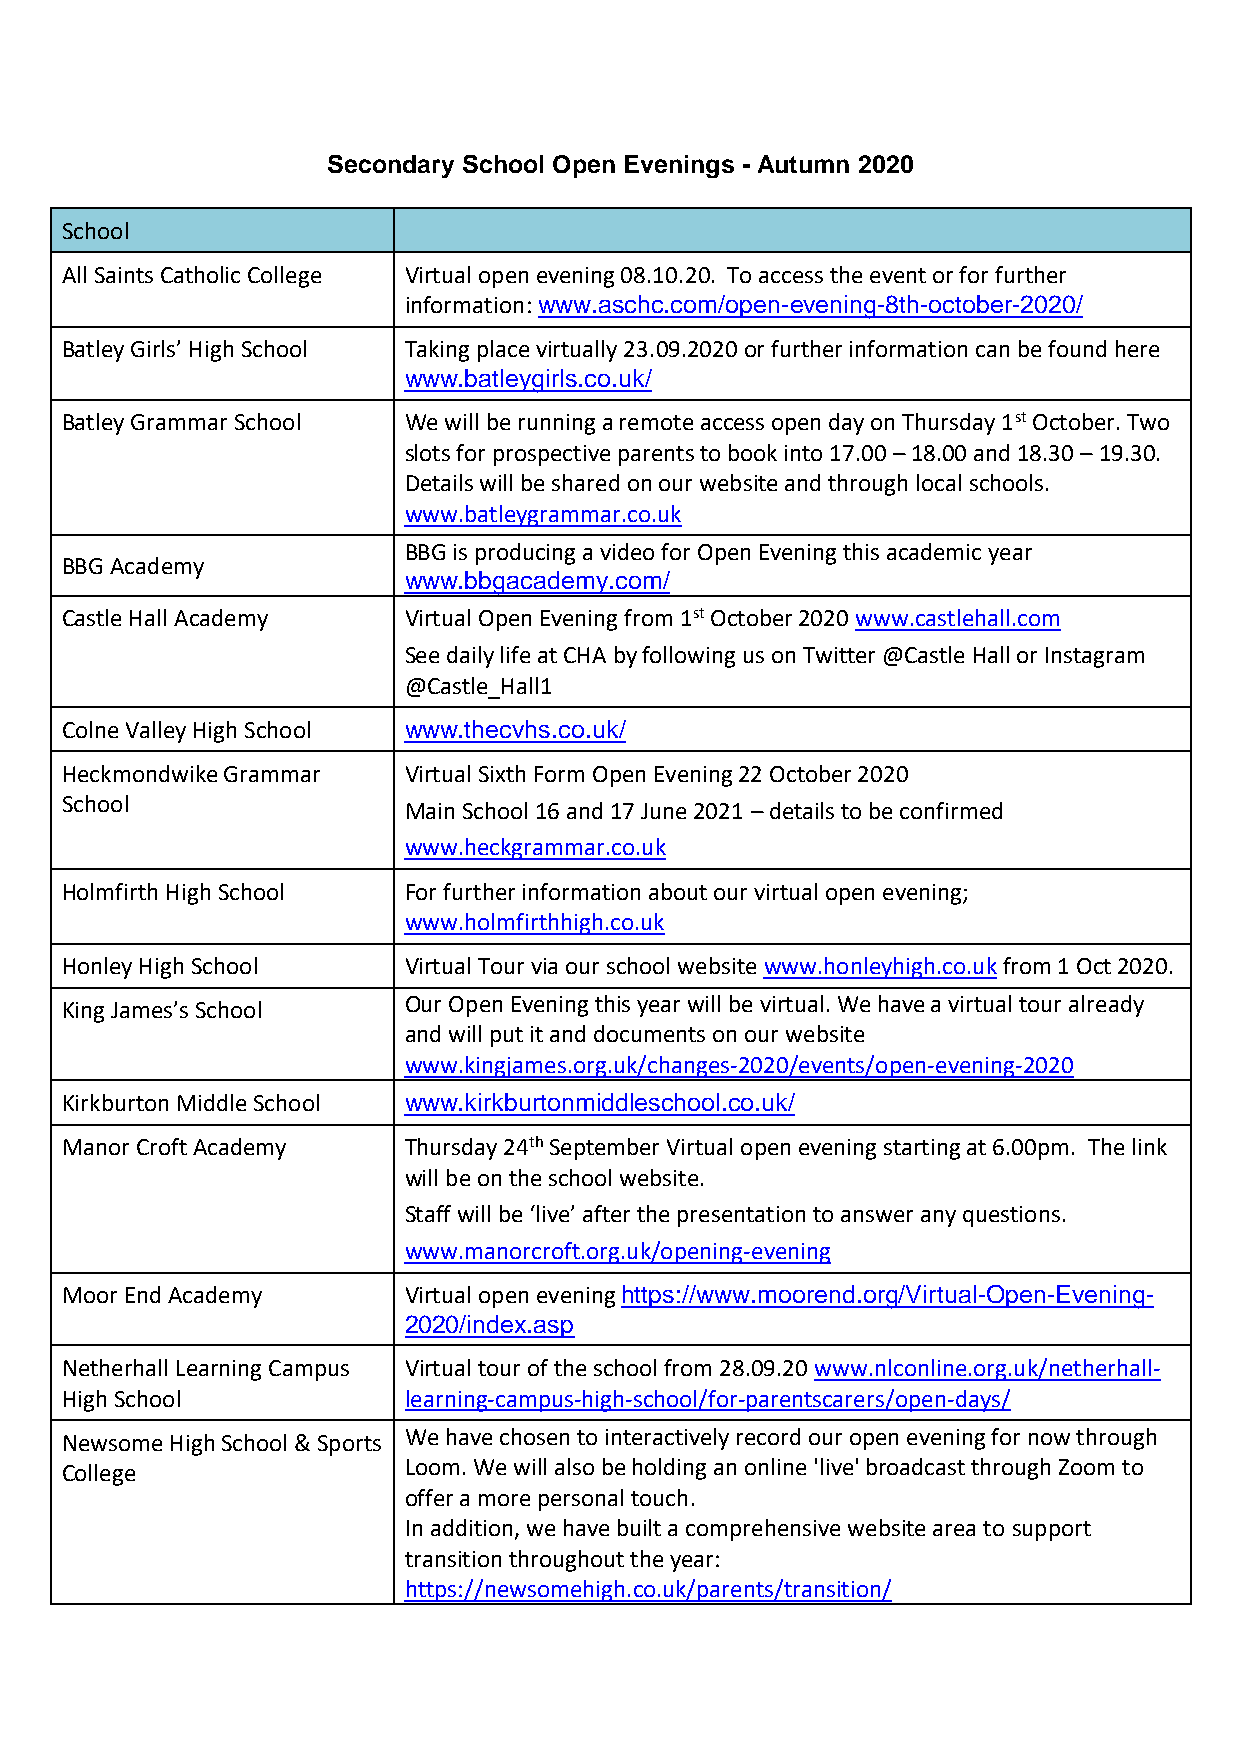
Secondary School Open Evenings - Autumn 2020
 School
 All Saints Catholic College Virtual open evening 08.10.20. To access the event or for further
 information: www.aschc.com/open-evening-8th-october-2020/
 Batley Girls’ High School Taking place virtually 23.09.2020 or further information can be found here
 www.batleygirls.co.uk/
 Batley Grammar School  We will be running a remote access open day on Thursday 1st October. Two
 slots for prospective parents to book into 17.00 – 18.00 and 18.30 – 19.30.
 Details will be shared on our website and through local schools.
 www.batleygrammar.co.uk
 BBG is producing a video for Open Evening this academic year
 BBG Academy
 www.bbgacademy.com/
 Castle Hall Academy    Virtual Open Evening from 1st October 2020 www.castlehall.com
 See daily life at CHA by following us on Twitter @Castle Hall or Instagram
 @Castle_Hall1
 Colne Valley High School www.thecvhs.co.uk/
 Heckmondwike Grammar   Virtual Sixth Form Open Evening 22 October 2020
 School                 Main School 16 and 17 June 2021 – details to be confirmed
 www.heckgrammar.co.uk
 Holmfirth High School  For further information about our virtual open evening;
 www.holmfirthhigh.co.uk
 Honley High School     Virtual Tour via our school website www.honleyhigh.co.uk from 1 Oct 2020.
 King James’s School    Our Open Evening this year will be virtual. We have a virtual tour already
 and will put it and documents on our website
 www.kingjames.org.uk/changes-2020/events/open-evening-2020
 Kirkburton Middle School www.kirkburtonmiddleschool.co.uk/
 Manor Croft Academy    Thursday 24th September Virtual open evening starting at 6.00pm. The link
 will be on the school website.
 Staff will be ‘live’ after the presentation to answer any questions.
 www.manorcroft.org.uk/opening-evening
 Moor End Academy       Virtual open evening https://www.moorend.org/Virtual-Open-Evening-
 2020/index.asp
 Netherhall Learning Campus Virtual tour of the school from 28.09.20 www.nlconline.org.uk/netherhall-
 High School            learning-campus-high-school/for-parentscarers/open-days/
 Newsome High School & Sports We have chosen to interactively record our open evening for now through
 College                Loom. We will also be holding an online 'live' broadcast through Zoom to
 offer a more personal touch.
 In addition, we have built a comprehensive website area to support
 transition throughout the year:
 https://newsomehigh.co.uk/parents/transition/